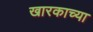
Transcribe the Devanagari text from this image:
खारकाच्या